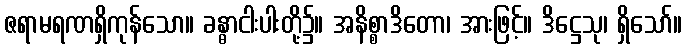
ဇရာမရဏရှိကုန်သော။ ခန္ဓာငါးပါးတို့၌။ အနိစ္စာဒိတော၊ အားဖြင့်။ ဒိဋ္ဌေသု၊ ရှိသော်။